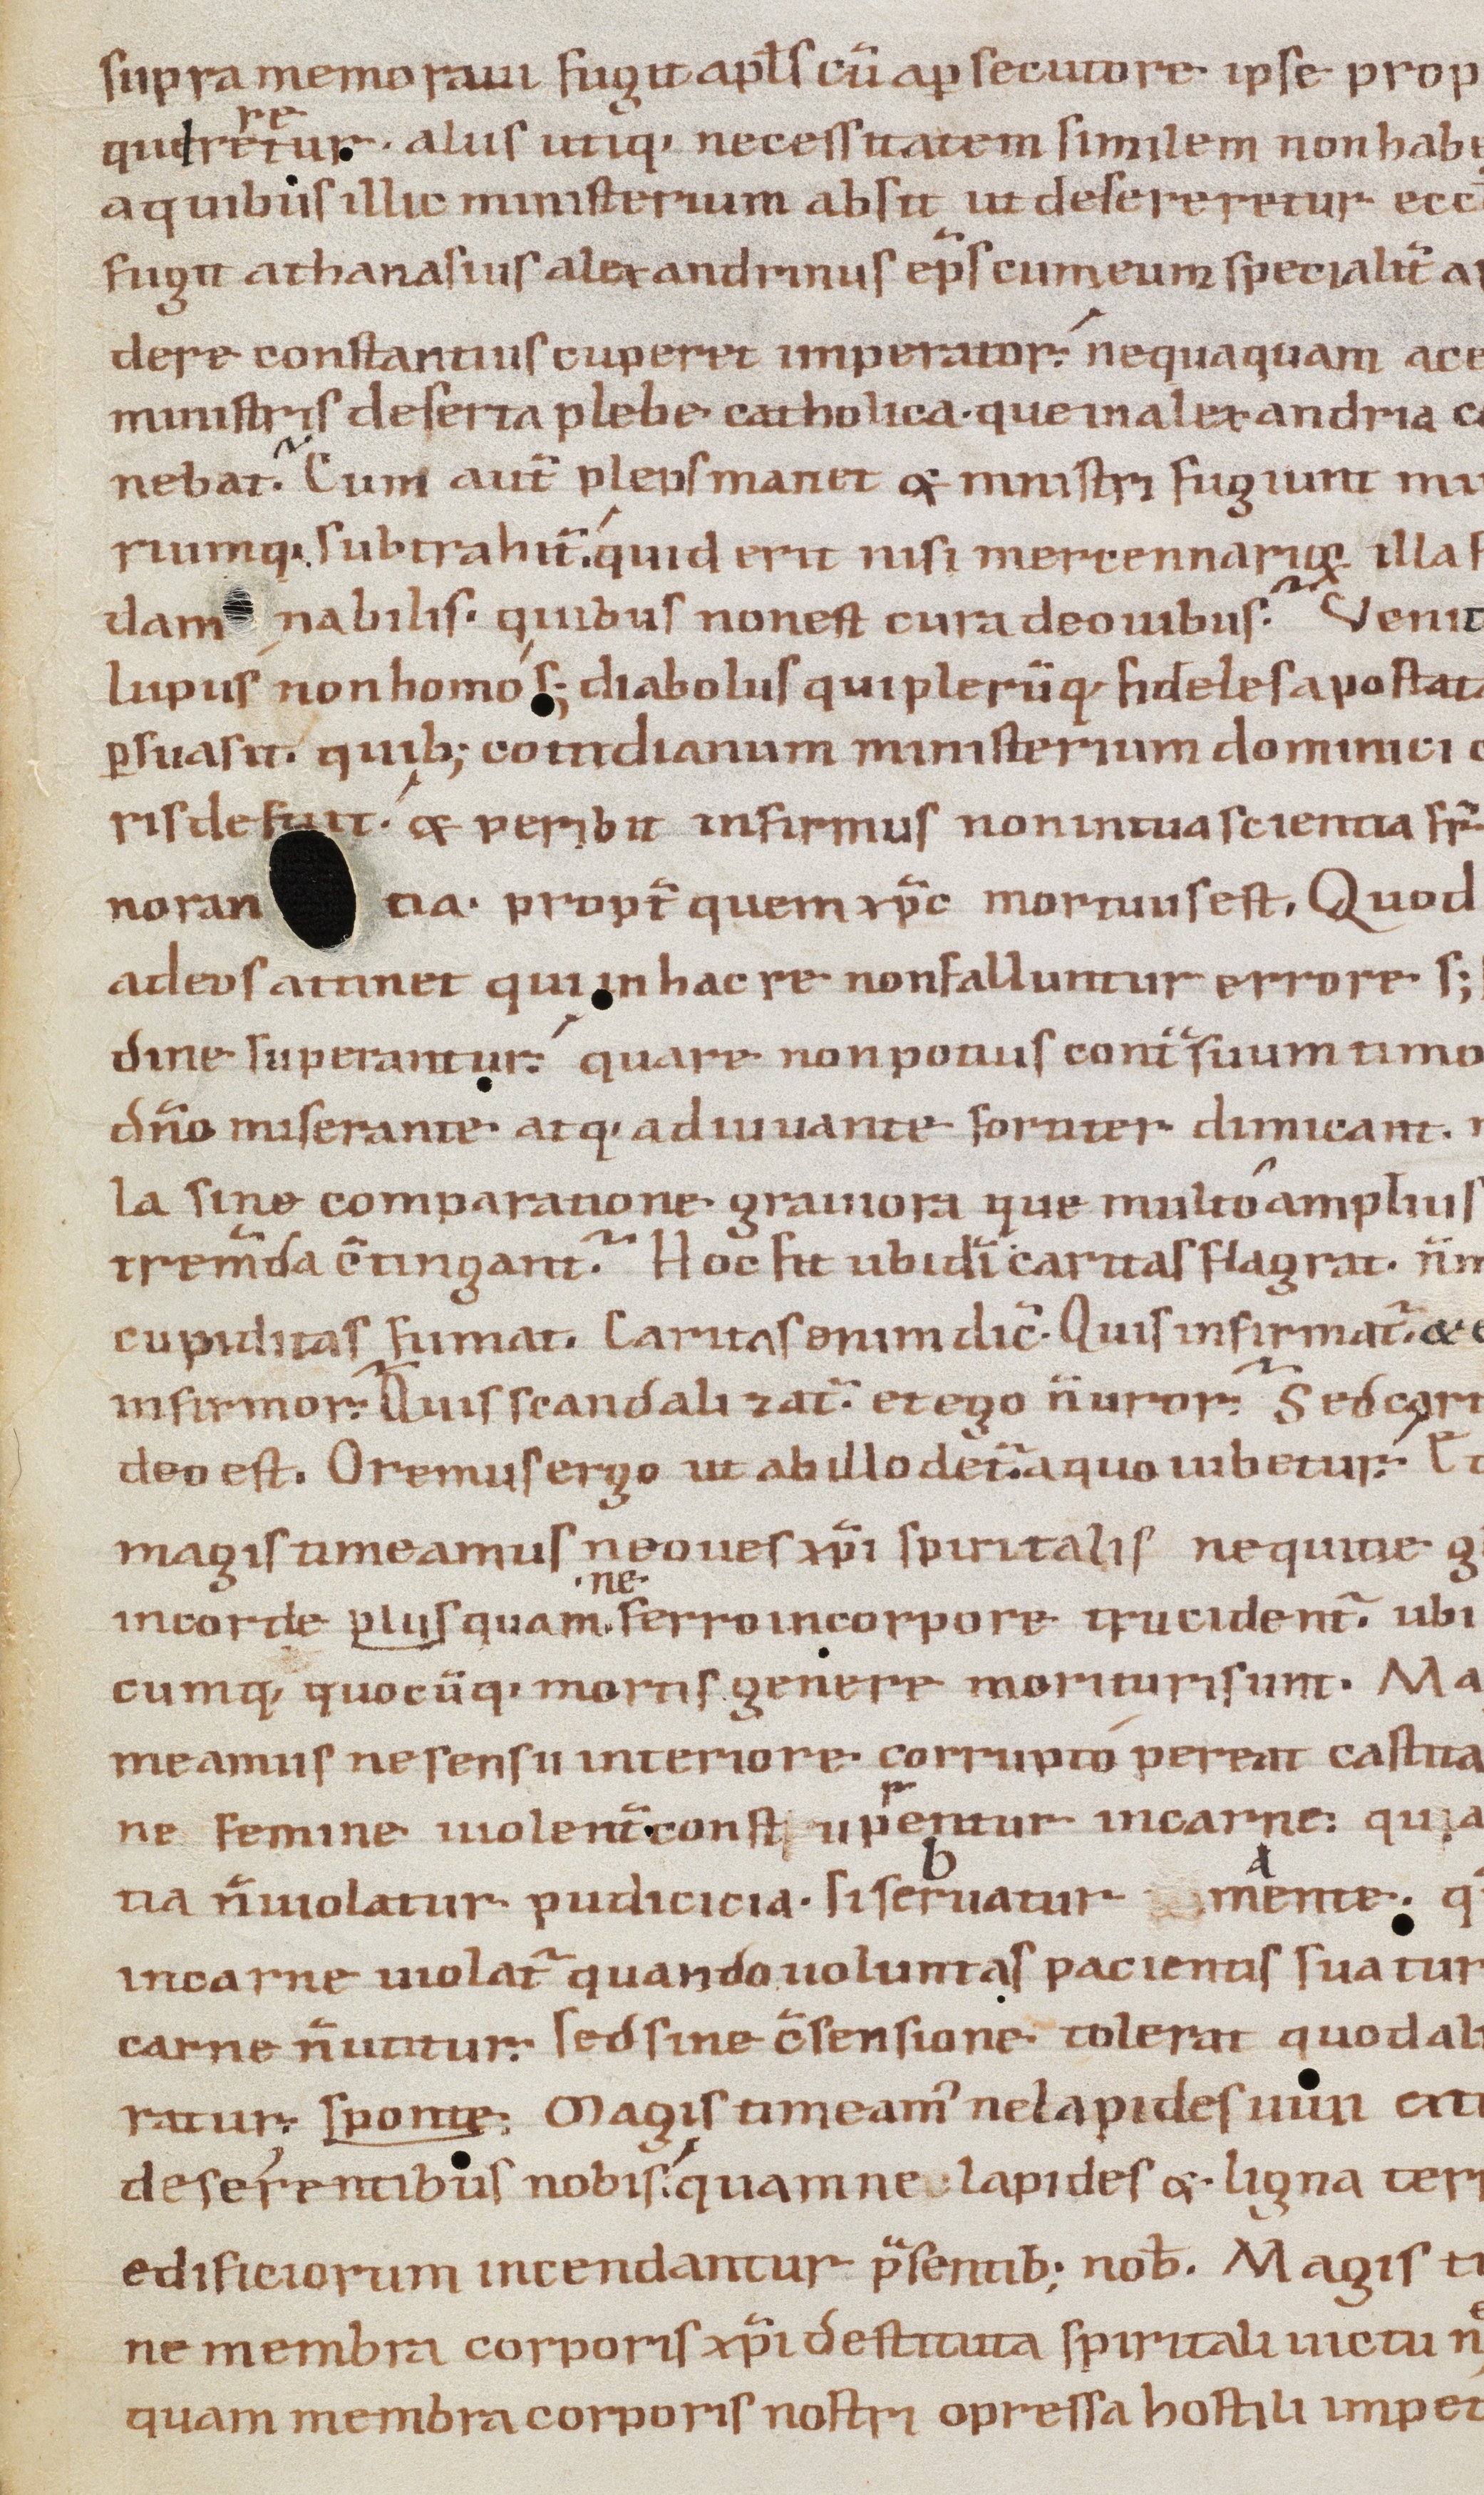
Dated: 1080–1096